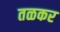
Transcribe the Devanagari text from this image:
तळकर